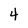
Character: 4